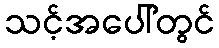
သင့်အပေါ်တွင်